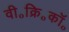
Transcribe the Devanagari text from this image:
वी॰क्रि॰कॉ॰